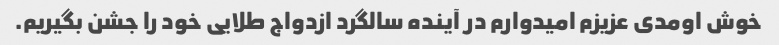
خوش اومدی عزیزم امیدوارم در آینده سالگرد ازدواج طلایی خود را جشن بگیریم.